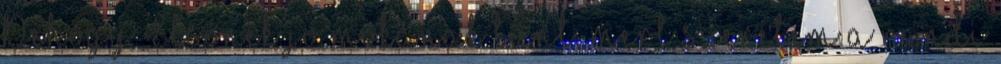
Dehogy Elsőnek jó mókának tűnt, mert szeretem a randi